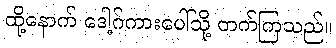
ထို့နောက် ဒေါ့ဂ်ကားပေါ်သို့ တက်ကြသည်။